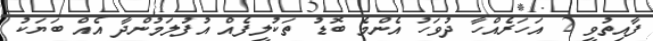
ފާއިތުވީ 2 އަހަރެއްހާ ދުވަހު އެންމެ ބޮޑު ތަކުލީފެއް އުފުލަމުންދާ އެއް ބަޔަކު